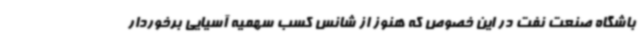
باشگاه صنعت نفت در این خصوص که هنوز از شانس کسب سهمیه آسیایی برخوردار